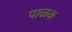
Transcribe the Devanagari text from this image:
पाळक